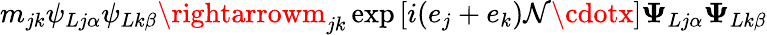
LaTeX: m_{jk}\psi_{Lj\alpha}\psi_{Lk\beta}\rightarrowm_{jk}\exp\left[i(e_{j}+e_{k})\mathcal{N}\cdotx\right]{\mathbf{\Psi}}_{Lj\alpha}{\mathbf{\Psi}}_{Lk\beta}